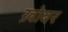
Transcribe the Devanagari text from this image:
ख़ोबर